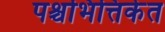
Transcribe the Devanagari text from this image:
पश्चभित्तिकेत